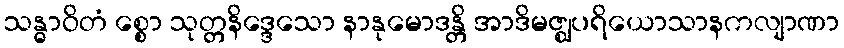
သန္ဓာဝိတံ စ္စော သုတ္တနိဒ္ဒေသော နာနုမောဒန္တိ အာဒိမဇ္ဈပရိယောသာနကလျာဏာ